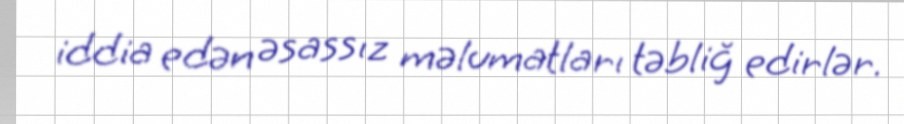
iddia edən əsassız məlumatları təbliğ edirlər.